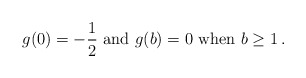
\begin{align*} g(0)=-\frac12 \mbox{ and } g(b)=0 \mbox{ when } b\geq 1\,.\end{align*}